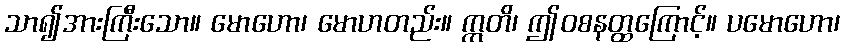
သာ၍အားကြီးသော။ မောဟော၊ မောဟတည်း။ ဣတိ၊ ဤဝစနတ္ထကြောင့်။ ပမောဟော၊